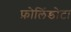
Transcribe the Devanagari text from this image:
फ़ोलिंडोटा